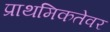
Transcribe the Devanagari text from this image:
प्राथमिकतेवर